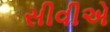
સીવીએ